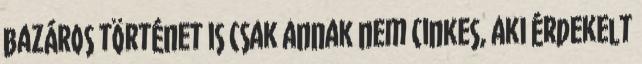
bazáros történet is csak annak nem cinkes, aki érdekelt